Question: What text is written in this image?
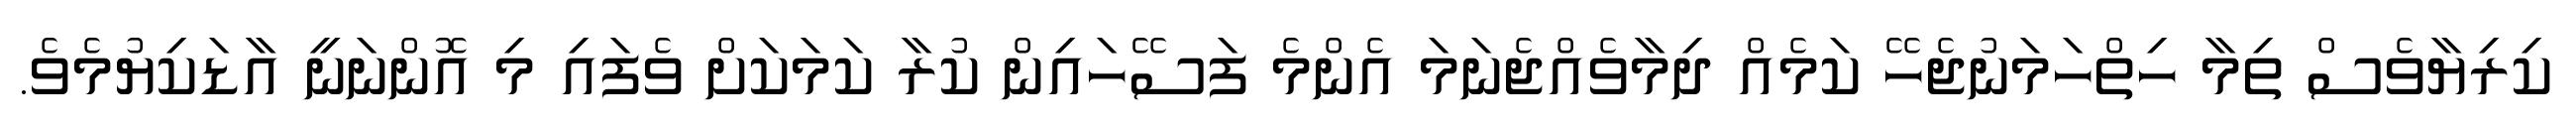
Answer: ކިރިޔާވެސް ތިމާ ހިތްހަމަނުޖެހޭ ކަމެއް ދިމާވެއްޖެނަމަ އެންމެ ފަސޭހައިން ކުރާ ކަމަކަށް ވެފައި މި އޮންނަނީ އާޑަކިޔުމެވެ.